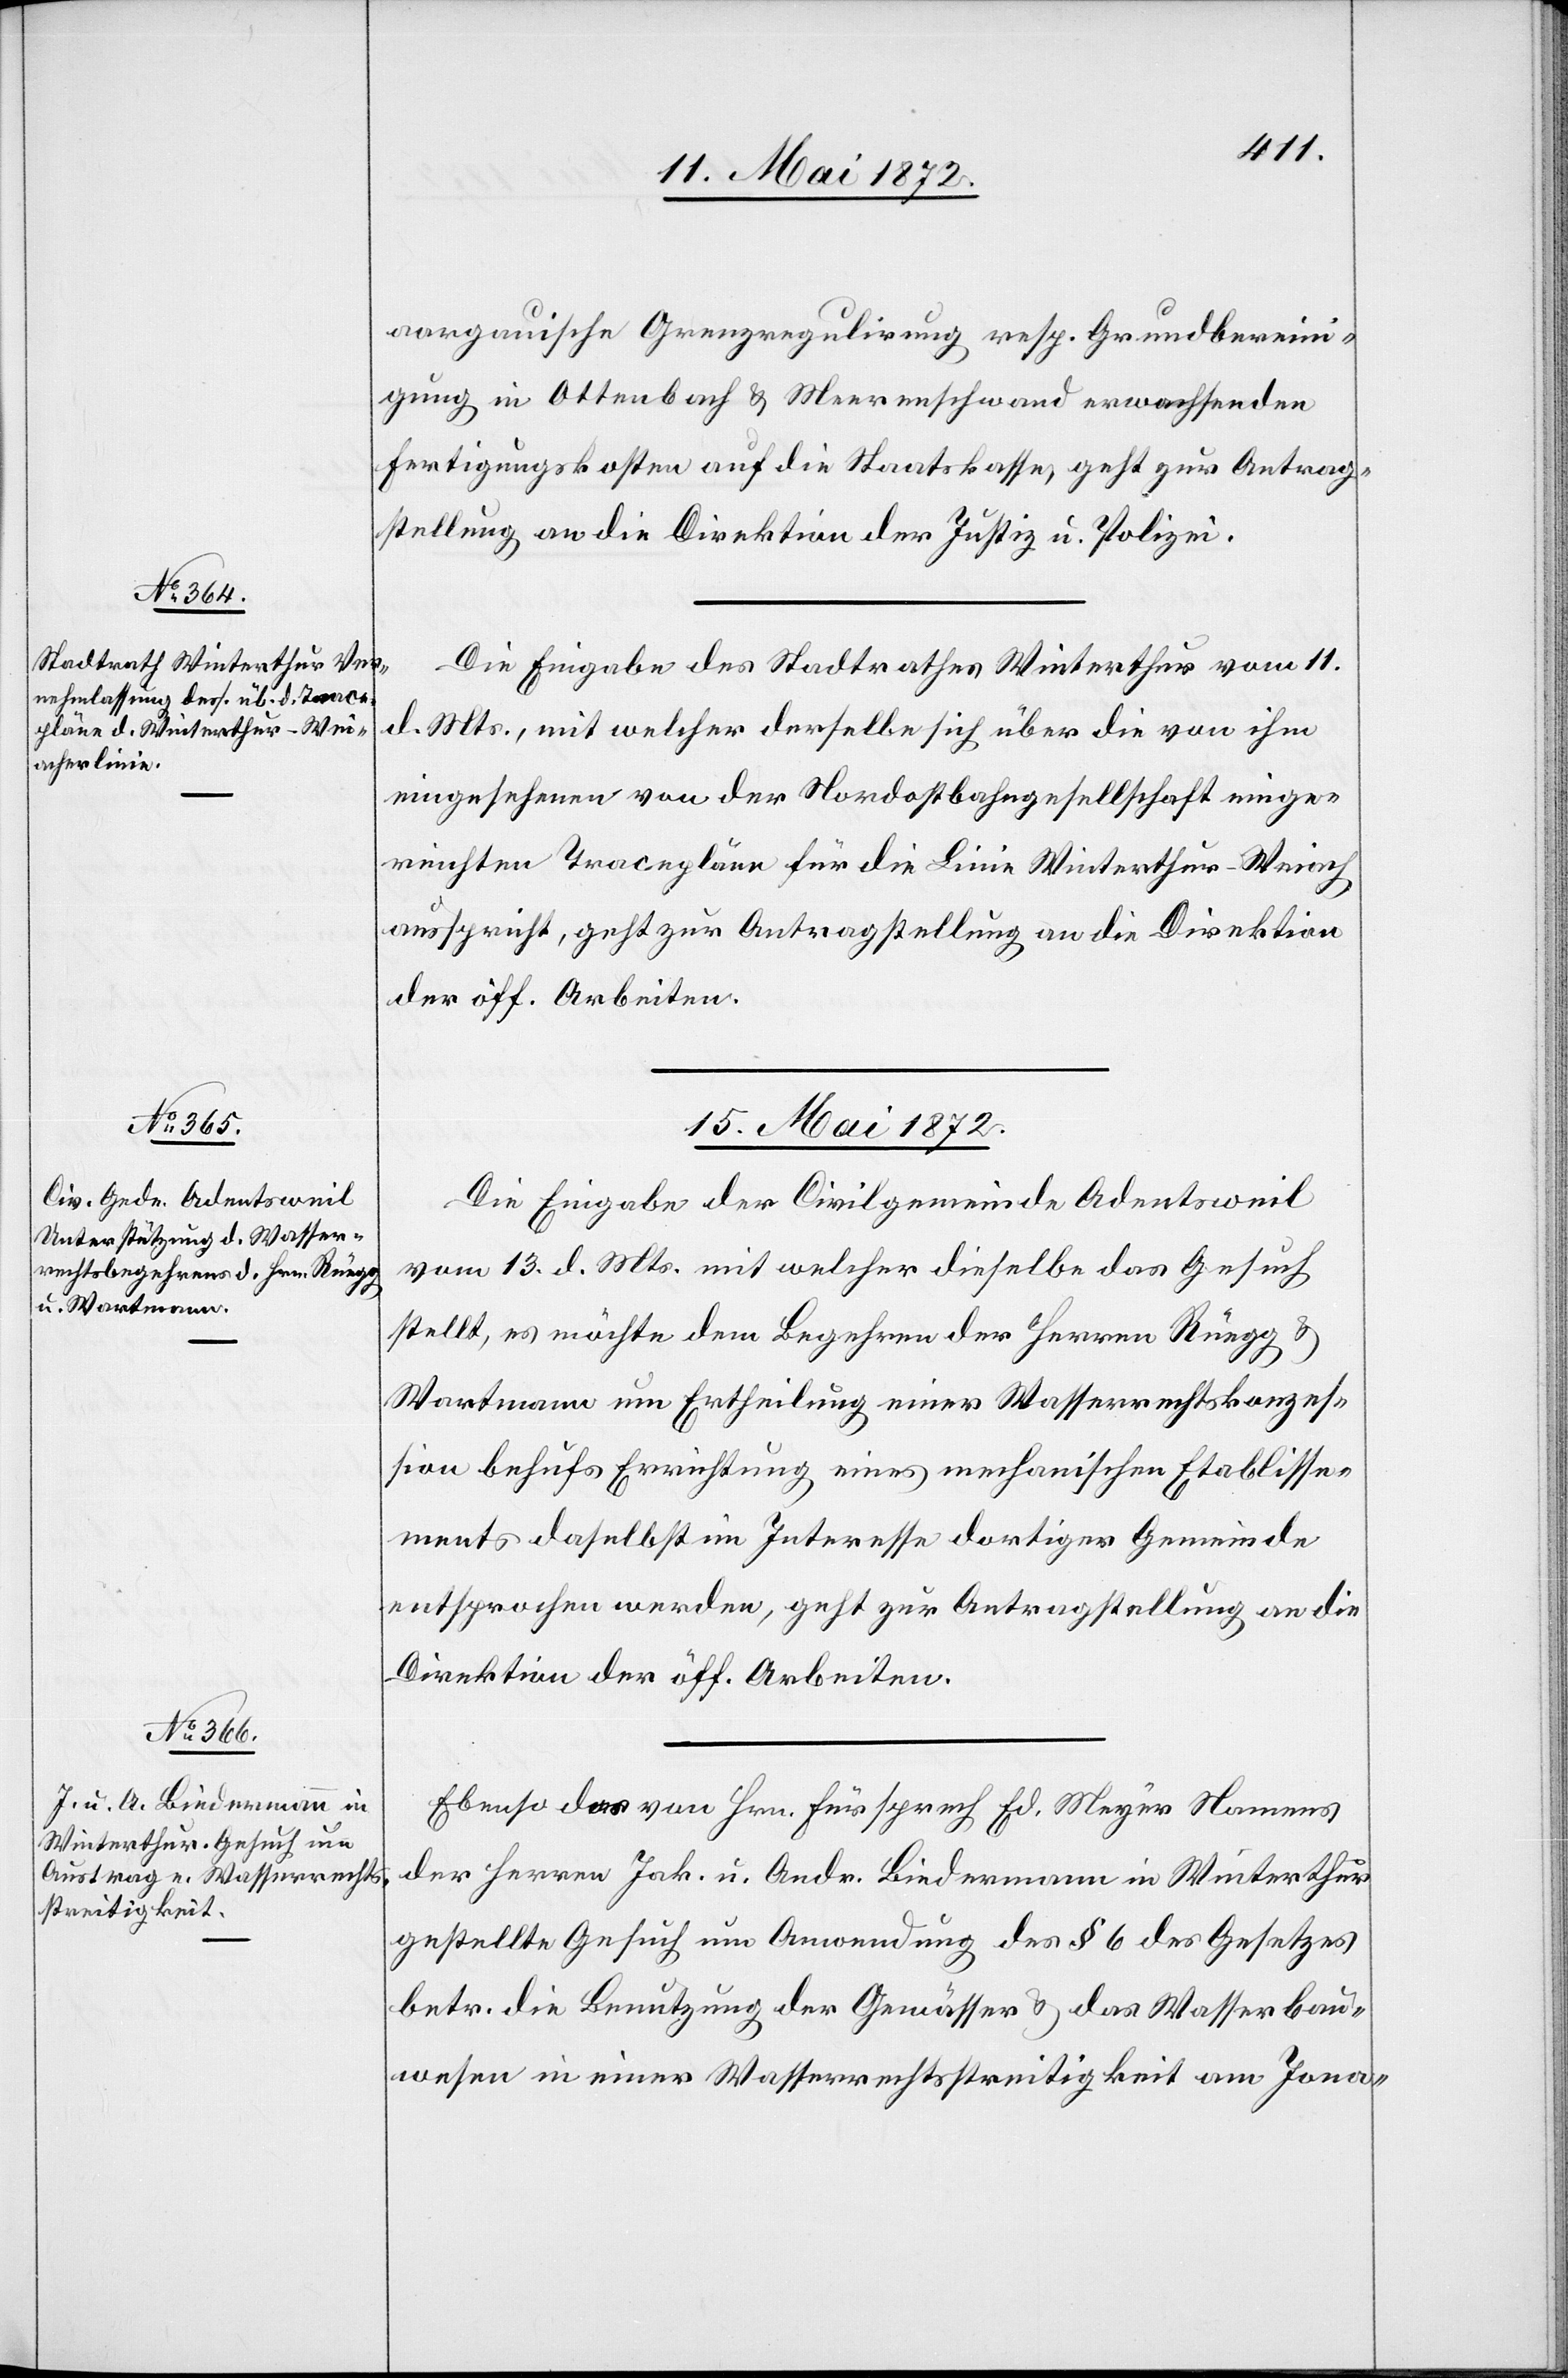
14. Mai 1872.]
aargauische Grenzregulirung resp. Grundbereini¬
gung in Ottenbach u. Meerenschwand erwachsenden
Fertigungskosten auf die Staatskasse, geht zur Antrag¬
stellung an die Direktion der Justiz u. Polizei.
Die Eingabe des Stadtrathes Winterthur vom 11.
d. Mts., mit welcher derselbe sich über die von ihm
eingesehenen von der Nordostbahngesellschaft einge¬
reichten Tracepläne für die Linie Winterthur–Weiach
ausspricht, geht zur Antragstellung an die Direktion
der öff. Arbeiten.
15. Mai 1872.]
Die Eingabe der Civilgemeinde Adentsweil
vom 13. d. Mts. mit welcher dieselbe das Gesuch
stellt, es möchte dem Begehren der Herren Rüegg u.
Wartmann um Ertheilung einer Wasserrechtskonzes¬
sion behufs Errichtung eines mechanischen Etablisse¬
ments daselbst im Interesse dortiger Gemeinde
entsprochen werden, geht zur Antragstellung an die
Direktion der öff. Arbeiten.
Ebenso das von Hrn. Fürsprech Ed. Meyer Namens
der Herren Jak. u. Andr. Biedermann in Winterthur
gestellte Gesuch um Anwendung des § 6 des Gesetzes
betr. die Benutzung der Gewässer u. das Wasserbau¬
wesen in einer Wasserrechtsstreitigkeit am Jona-